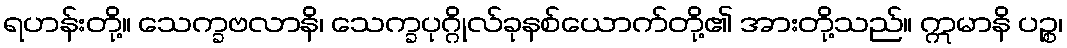
ရဟန်းတို့။ သေက္ခဗလာနိ၊ သေက္ခပုဂ္ဂိုလ်ခုနစ်ယောက်တို့၏ အားတို့သည်။ ဣမာနိ ပဉ္စ၊